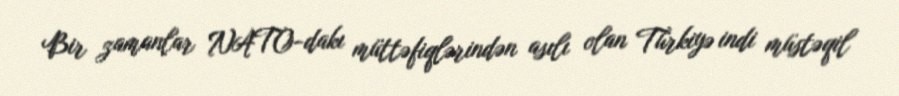
Bir zamanlar NATO-dakı müttəfiqlərindən asılı olan Türkiyə indi müstəqil